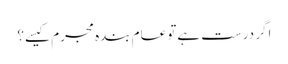
اگر درست ہےتو عام بندہ مجرم کیسے؟